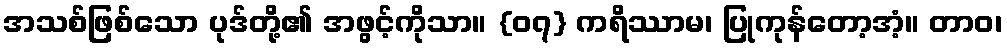
အသစ်ဖြစ်သော ပုဒ်တို့၏ အဖွင့်ကိုသာ။ {၀၇} ကရိဿာမ၊ ပြုကုန်တော့အံ့။ တာဝ၊